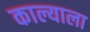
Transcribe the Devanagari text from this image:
काल्याला